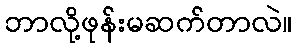
ဘာလို့ဖုန်းမဆက်တာလဲ။